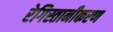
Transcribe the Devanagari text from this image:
रेगिस्तानीकरण